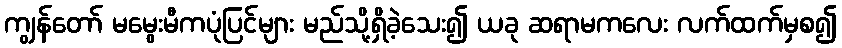
ကျွန်တော် မမွေးမီကပုံပြင်များ မည်သို့ရှိခဲ့သေး၍ ယခု ဆရာမကလေး လက်ထက်မှစ၍